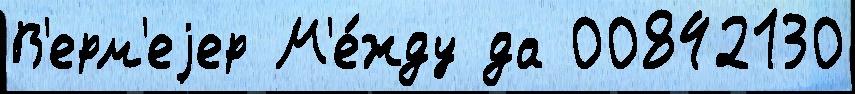
В'ерм'еjер М'е́жду да 00842130